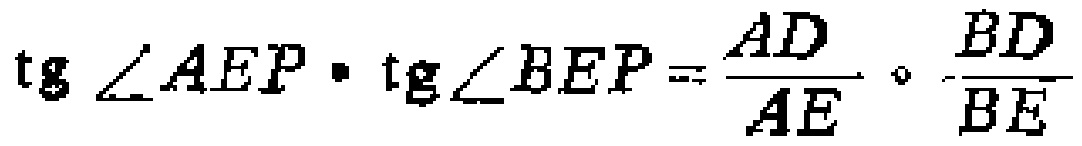
\(\operatorname{tg} \angle AEP\cdot\operatorname{tg}\angle BEP = \frac{AD}{AE}\cdot\frac{BD}{BE}\)